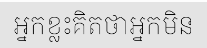
អ្នកខ្លះគិតថាអ្នកមិន